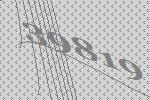
39819